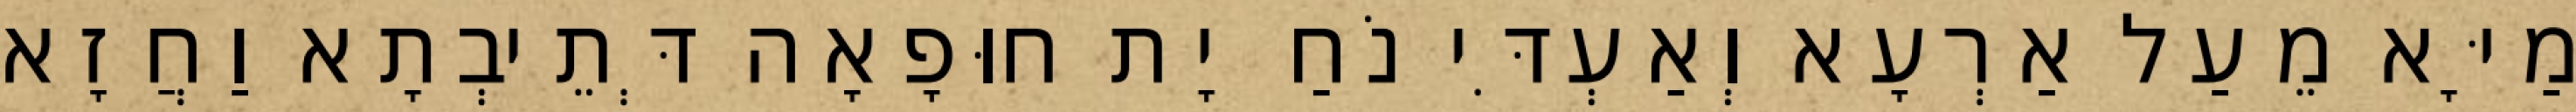
מַיָּא מֵעַל אַרְעָא וְאַעְדִּי נֹחַ יָת חוּפָאָה דְּתֵיבְתָא וַחֲזָא